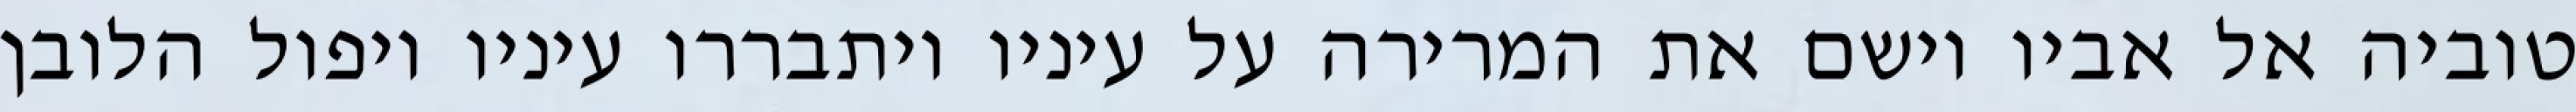
טוביה אל אביו וישם את המרירה על עיניו ויתבררו עיניו ויפול הלובן